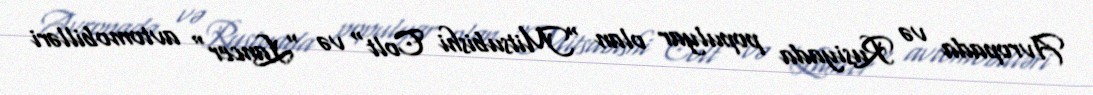
Avropada və Rusiyada populyar olan "Mitsubishi Colt" və "Lancer" avtomobilləri